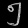
Digit: ၅